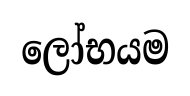
ලෝභයම